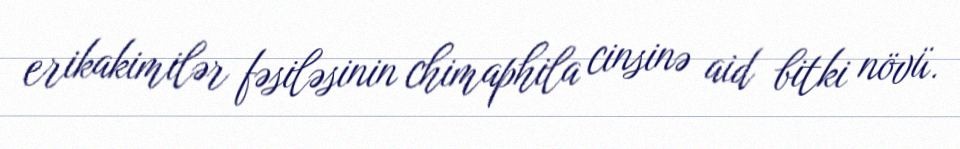
erikakimilər fəsiləsinin chimaphila cinsinə aid bitki növü.